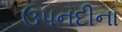
ઉપનદીના